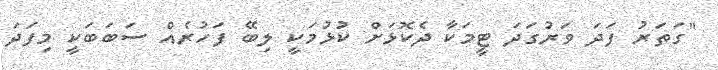
"ގަތަރު ފަދަ ވަރުގަދަ ޓީމަކާ ދެކޮޅަށް ކުޅުމަކީ ލިބޭ ފަހުރެއް ސަބަބަކީ މިފަދަ